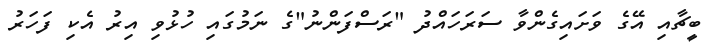
ބީޗާއި އޭގެ ވަށައިގެންވާ ސަރަހައްދު "ރަސްފަންނު"ގެ ނަމުގައި ހުޅުވި އިރު އެކި ފަހަރު